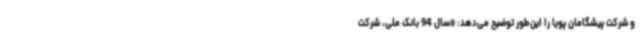
و شرکت پیشگامان پویا را این‌طور توضیح می‌دهد: «سال 94 بانک ملی، شرکت